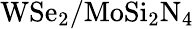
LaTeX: \mathrm{WSe_{2}/MoSi_{2}N_{4}}